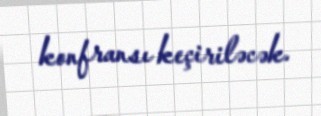
konfransı keçiriləcək.